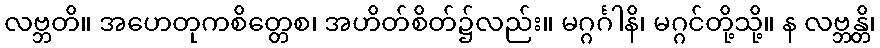
လဗ္ဘတိ။ အဟေတုကစိတ္တေစ၊ အဟိတ်စိတ်၌လည်း။ မဂ္ဂင်္ဂါနိ၊ မဂ္ဂင်တို့သို့။ န လဗ္ဘန္တိ၊